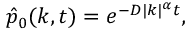
\hat { p } _ { 0 } ( k , t ) = e ^ { - D | k | ^ { \alpha } t } ,